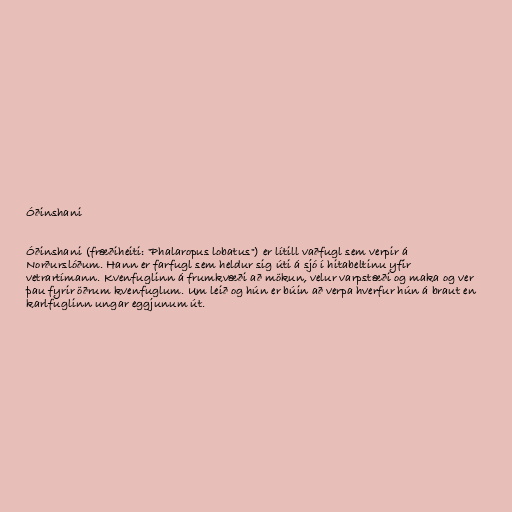
Óðinshani

Óðinshani (fræðiheiti: "Phalaropus lobatus") er lítill vaðfugl sem verpir á
Norðurslóðum. Hann er farfugl sem heldur sig úti á sjó í hitabeltinu yfir
vetrartímann. Kvenfuglinn á frumkvæði að mökun, velur varpstæði og maka og ver
þau fyrir öðrum kvenfuglum. Um leið og hún er búin að verpa hverfur hún á braut en
karlfuglinn ungar eggjunum út.